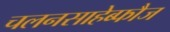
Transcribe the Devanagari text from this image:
चलनसाहेब्फौज